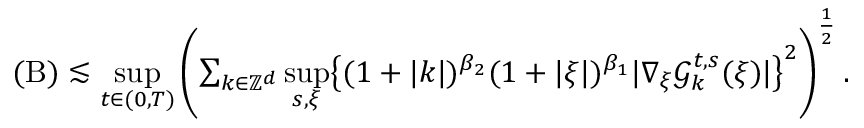
\begin{array} { r } { ( \mathrm { B } ) \lesssim \underset { t \in ( 0 , T ) } { \operatorname* { s u p } } \left( \sum _ { k \in \mathbb Z ^ { d } } \underset { s , \xi } { \operatorname* { s u p } } \big \lbrace ( 1 + \vert k \vert ) ^ { \beta _ { 2 } } ( 1 + \vert \xi \vert ) ^ { \beta _ { 1 } } \vert \nabla _ { \xi } \mathcal { G } _ { k } ^ { t , s } ( \xi ) \vert \big \rbrace ^ { 2 } \right) ^ { \frac { 1 } { 2 } } . } \end{array}